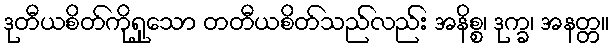
ဒုတီယစိတ်ကိုရှုသော တတီယစိတ်သည်လည်း အနိစ္စ၊ ဒုက္ခ၊ အနတ္တ။